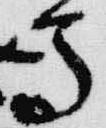
馬